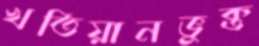
খতিয়ানভুক্ত